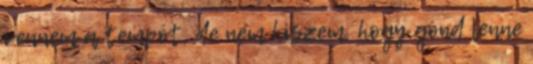
vennem a tempót, de nem hiszem, hogy gond lenne